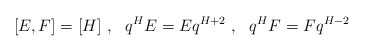
\begin{align*}[E, F] = [H]\ ,\ \ q^H E = E q^{H+2}\ ,\ \ q^H F = F q^{H-2}\end{align*}